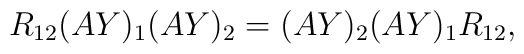
R_{12} (A Y)_{1} (A Y)_{2} = (A Y)_{2} (A Y)_{1} R_{12},